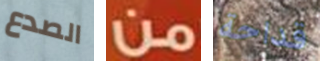
الصدع من قداحة